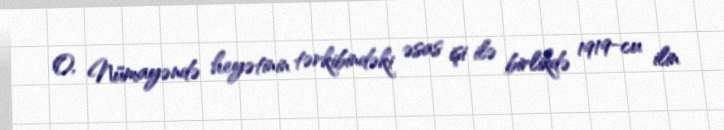
O, Nümayəndə heyətinin tərkibindəki əsas işi ilə birlikdə 1919-cu ilin